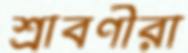
শ্রাবণীরা